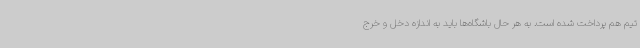
تیم هم پرداخت شده است. به هر حال باشگاه‌ها باید به اندازه دخل و خرج